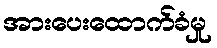
အားပေးထောက်ခံမှု